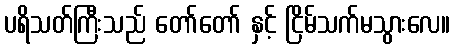
ပရိသတ်ကြီးသည် တော်တော် နှင့် ငြိမ်သက်မသွားလေ။